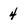
Character: 4